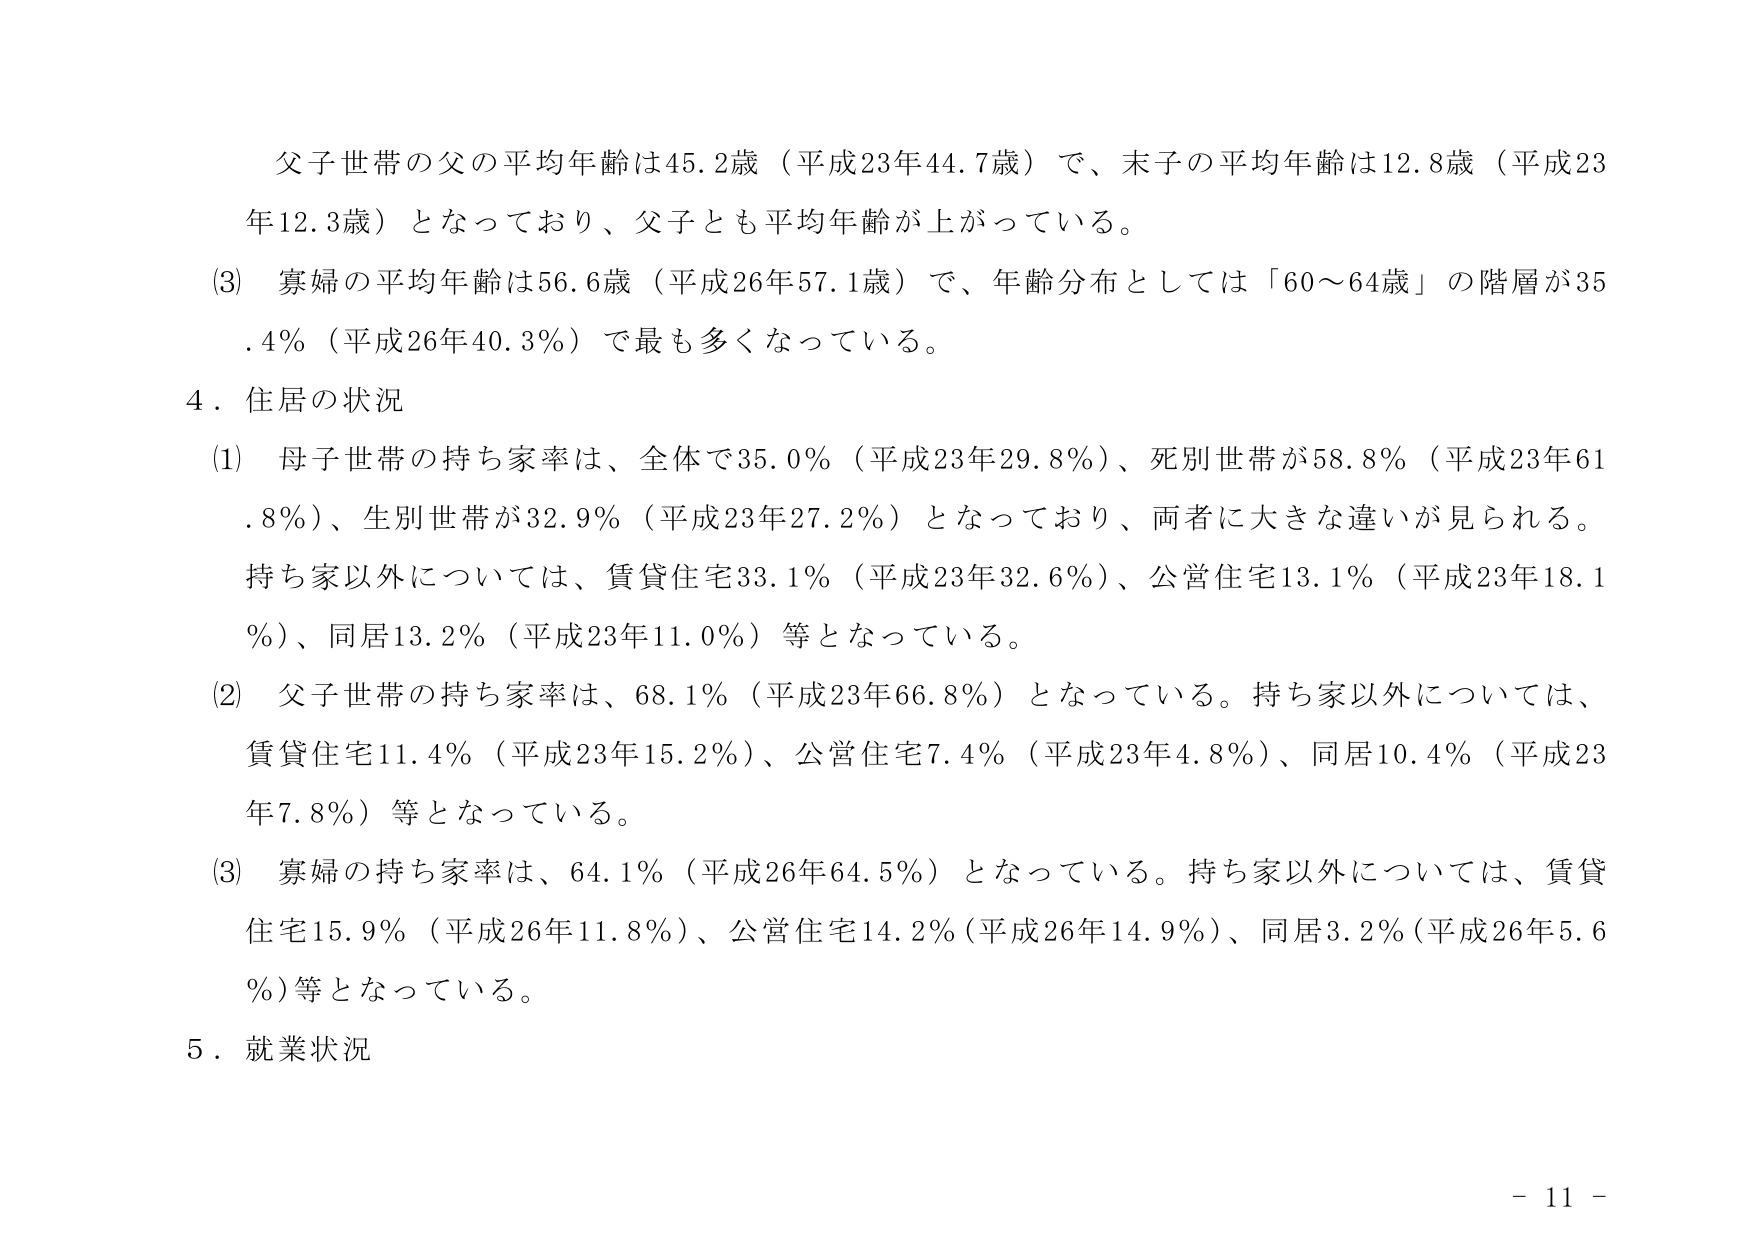
父子世帯の父の平均年齢は45.2歳（平成23年44.7歳）で、末子の平均年齢は12.8歳（平成23年12.3歳）となっており、父子とも平均年齢が上がっている。

(3) 寡婦の平均年齢は56.6歳（平成26年57.1歳）で、年齢分布としては「60～64歳」の階層が35.4％（平成26年40.3％）で最も多くなっている。

4．住居の状況

(1) 母子世帯の持ち家率は、全体で35.0％（平成23年29.8％）、死別世帯が58.8％（平成23年61.8％）、生別世帯が32.9％（平成23年27.2％）となっており、両者に大きな違いが見られる。持ち家以外については、賃貸住宅33.1％（平成23年32.6％）、公営住宅13.1％（平成23年18.1％）、同居13.2％（平成23年11.0％）等となっている。

(2) 父子世帯の持ち家率は、68.1％（平成23年66.8％）となっている。持ち家以外については、賃貸住宅11.4％（平成23年15.2％）、公営住宅7.4％（平成23年4.8％）、同居10.4％（平成23年7.8％）等となっている。

(3) 寡婦の持ち家率は、64.1％（平成26年64.5％）となっている。持ち家以外については、賃貸住宅15.9％（平成26年11.8％）、公営住宅14.2％（平成26年14.9％）、同居3.2％（平成26年5.6％）等となっている。

5．就業状況

- 11 -